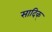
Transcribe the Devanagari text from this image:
सादिक्